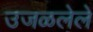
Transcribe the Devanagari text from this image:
उजळलेले